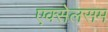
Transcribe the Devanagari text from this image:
एक्सेलसम